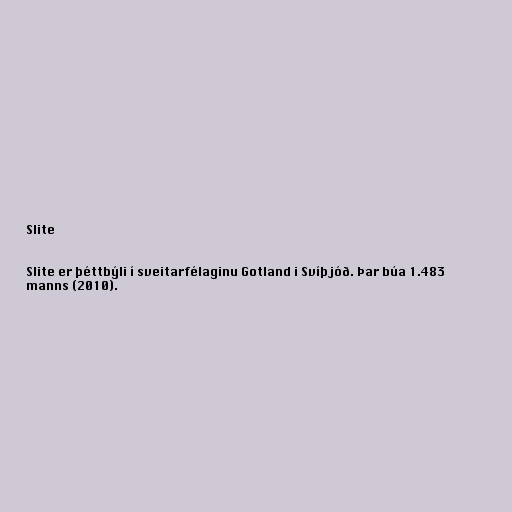
Slite

Slite er þéttbýli í sveitarfélaginu Gotland i Svíþjóð. Þar búa 1.483
manns (2010).